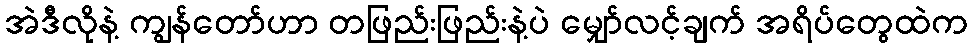
အဲဒီလိုနဲ့ ကျွန်တော်ဟာ တဖြည်းဖြည်းနဲ့ပဲ မျှော်လင့်ချက် အရိပ်တွေထဲက